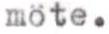
möte.